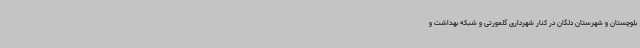
بلوچستان و شهرستان دلگان در کنار شهرداری گلمورتی و شبکه بهداشت و